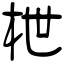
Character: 枻